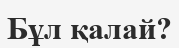
Бұл қалай?